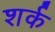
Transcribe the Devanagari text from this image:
शर्क